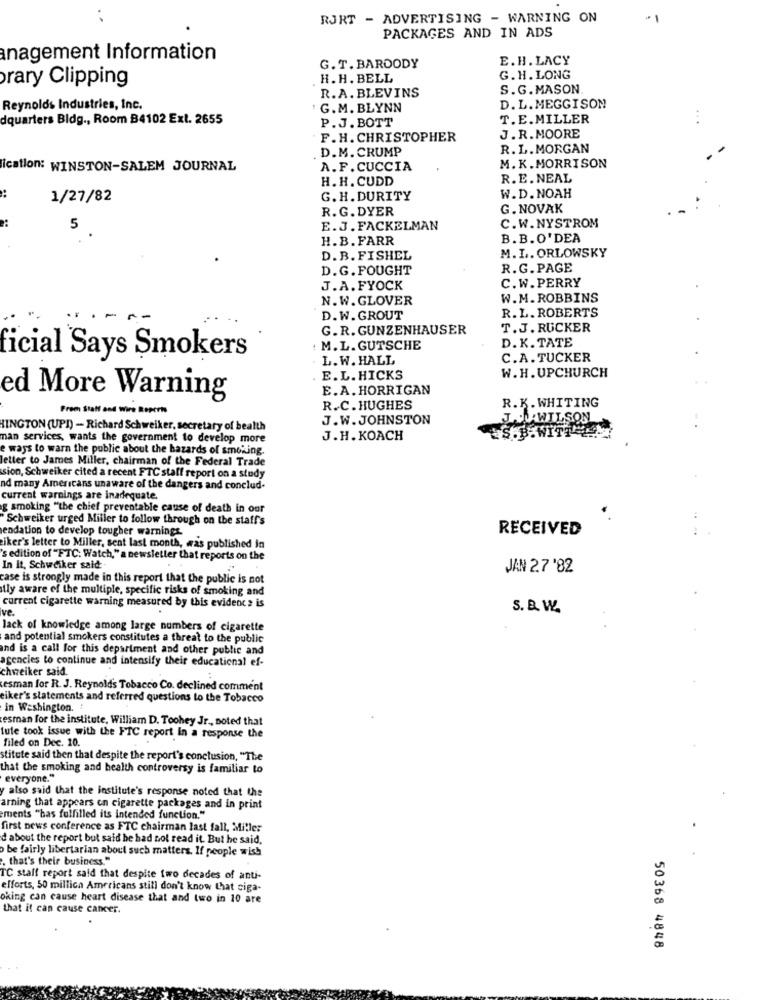
RJRT - ADVERTISING - WARNING ON
PACKAGES AND IN ADS
anagement Information
E.H. LACY
G. T. BARDODY
rary Clipping
H.H. BELL
G. H. LONG
R.A. BLEVINS
S.G.MASON
Reynolds Industries, Inc.
: G.M. BLYNN
D.L. MEGGISON
dquarters Bldg ., Room B4102 Ext. 2655
P.J. BOTT
T.E.MILLER
...
J.R.MOORE
F. H. CHRISTOPHER
. D.M. CRUMP
R.L. MORGAN
ication: WINSTON-SALEM JOURNAL
A.F. CUCCIA
M. K.MORRISON
H. H. CUDD
R. E. NEAL
1/27/82
G. H. DURITY
W.D. NOAH
R.G. DYER
G. NOVAK
2:
5
E.J. FACKELMAN
C.W.NYSTROM
H.B. FARR
B. B.O' DEA
M.L. ORLOWSKY
D. B. FISHEL
D.G. FOUGHT
R.G. PAGE
C.W.PERRY
J.A. FYOCK
N.W. GLOVER
W.M. ROBBINS
R. L. ROBERTS
D.W. GROUT
G. R. GUNZENHAUSER
T.J. RUCKER
D. K. TATE
: M.L. GUTSCHE
icial Says Smokers
L. W. HALL
C.A. TUCKER
W.H. UPCHURCH
E.L. HICKS
E.A. HORRIGAN
ed More Warning
R.K. WHITING
Frem Staff and Wire Reports
R.C. HUGHES
J.W.JOHNSTON
J.DU.WILSON
HINGTON (UPI) - Richard Schweiker, secretary of health
.B.WITT
man services, wants the government to develop more
J.H. KOACH
e ways to warn the public about the hazards of smoking.
letter to James Miller, chairman of the Federal Trade
sion, Schweiker cited a recent FTC staff report on a study
ad many Americans unaware of the dangers and conclud-
current warnings are inadequate.
g smoking "the chief preventable cause of death in our
Schweiker urged Miller to follow through on the staff's
endation to develop tougher warnings.
RECEIVED
iker's letter to Miller, sent last month, was published in
's edition of "FTC. Watch," a newsletter that reports on the
In It, Schweiker said
JAN 27 '82
case is strongly made in this report that the public is not
illy aware of the multiple, specific risks of smoking and
ve.
current cigarette warning measured by this evidence is
S. B. W.
lack of knowledge among large numbers of cigarette
and potential smokers constitutes a threat to the public
and is a call for this department and other public and
agencies to continue and intensify their educational ef-
chweiker said.
esman for R. J. Reynolds Tobacco Co. declined comment
eiker's statements and referred questions to the Tobacco
in Washington.
esman for the institute, William D. Toohey Jr ., noted that
tute took issue with the FTC report in a response the
filed on Dec. 10.
stitute said then that despite the report's conclusion, "The
that the smoking and health controversy is familiar to
everyone."
yalso said that the institute's response noted that the
arning that appears on cigarette packages and in print
ements "has fulfilled its intended function."
first news conference as FTC chairman last fall, Miller
d about the report but said he had not read it. But he said,
be fairly libertarian about such matters. If people wish
. that's their business."
TC staff report said that despite two decades of anti-
efforts, 50 millica Americans still don't know that ciga-
oking can cause heart disease that and two in 10 are
that it can cause cancer.
50368 4848